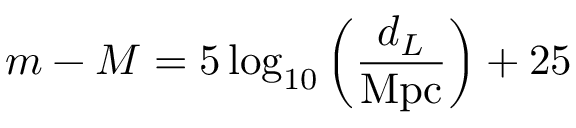
m - M = 5 \log _ { 1 0 } \left( \frac { d _ { L } } { \mathrm { M p c } } \right) + 2 5